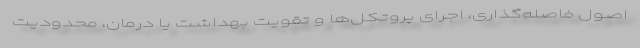
اصول فاصله‌گذاری، اجرای پروتکل‌ها و تقویت بهداشت یا درمان، محدودیت